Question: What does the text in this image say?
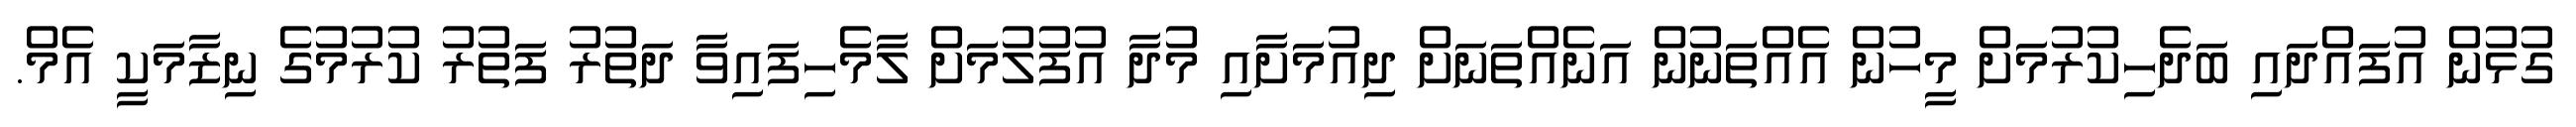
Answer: ގުޅުން އުފައްދައި ބަދެހިކުރުމަށް މީހުން އެއްތަނުން އަނެއްތަނަށް ދިއުމަށާއި މުދާ އުފުލުމަށް ލާމެހިފައިވާ ދަތުރު ފަތުރު ކުރުމުގެ ނިޒާމަކީ އެމް.